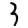
Digit: 3